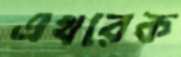
এখরেক